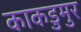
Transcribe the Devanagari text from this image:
काकडुमुर